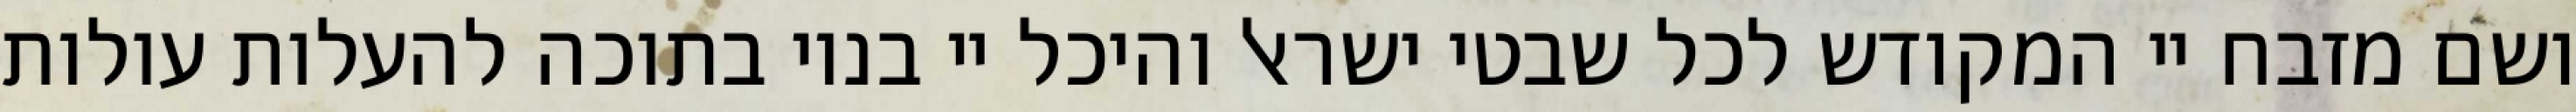
ושם מזבח יי המקודש לכל שבטי ישראל והיכל יי בנוי בתוכה להעלות עולות